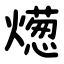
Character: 燪